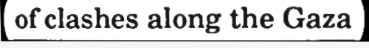
of clashes along the Gaza